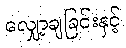
လျှော့ချခြင်းနှင့်